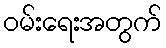
ဝမ်းရေးအတွက်